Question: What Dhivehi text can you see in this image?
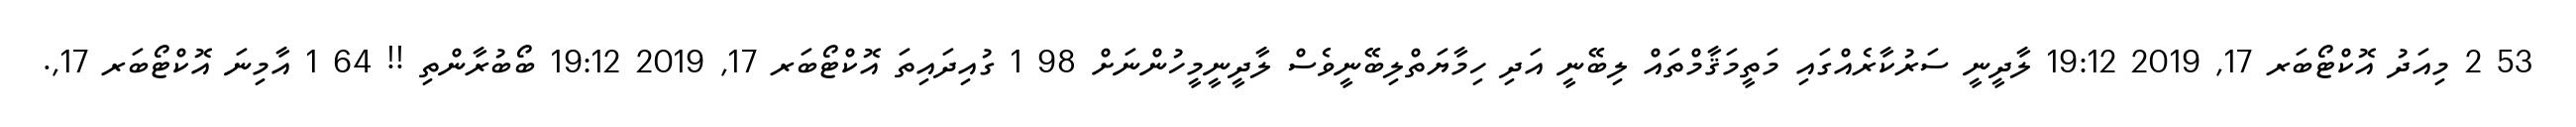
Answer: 53 2 މިއަދު އޮކްޓޯބަރ 17, 2019 19:12 ލާދީނީ ސަރުކާރެއްގައި މަތީމަޤާމްތައް ލިބޭނީ އަދި ހިމާޔަތްލިބޭނީވެސް ލާދީނީމީހުންނަށް 98 1 ގުއިދައިތަ އޮކްޓޯބަރ 17, 2019 19:12 ބޯބުރާންތި !! 64 1 އާމިނަ އޮކްޓޯބަރ 17,.